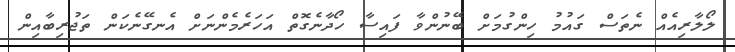
ލޯލާރިއެއް ނެތަސް ގައުމު ހިންގުމަށް ބޭނުންވާ ފައިސާ ހޯދާނެގޮތް އަހަރެމެންނަށް އެނގޭނެކަން ތަޖުރިބާއިން